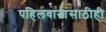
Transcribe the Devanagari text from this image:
पहिलवानांसाठीही